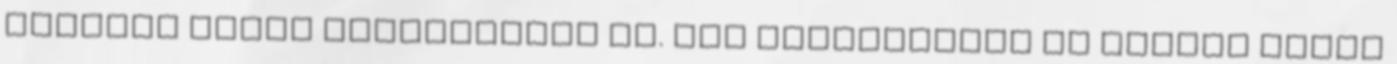
olvasás révén sajátítható el. „Az intelligens és művelt ember